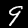
Digit: 9